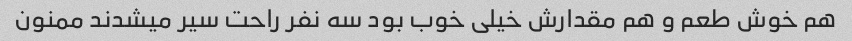
هم خوش طعم و هم مقدارش خیلی خوب بود سه نفر راحت سیر میشدند ممنون